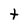
Character: t